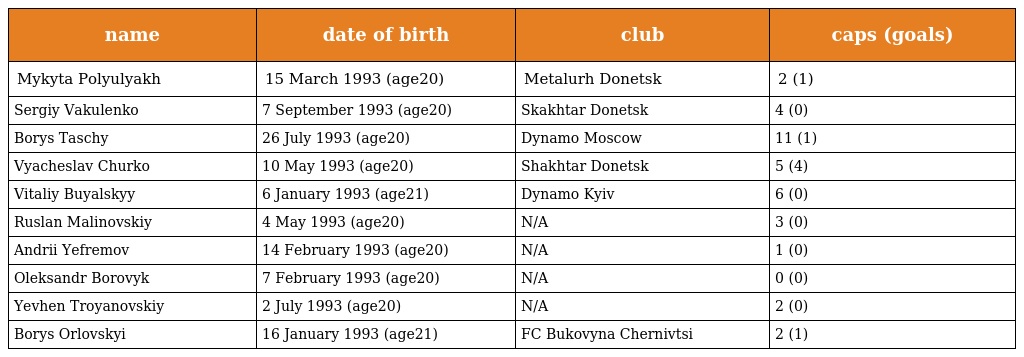
| name | date of birth | club | caps (goals) |
 | --- | --- | --- | --- |
 | Mykyta Polyulyakh | 15 March 1993 (age20) | Metalurh Donetsk | 2 (1) |
 | Sergiy Vakulenko | 7 September 1993 (age20) | Skakhtar Donetsk | 4 (0) |
 | Borys Taschy | 26 July 1993 (age20) | Dynamo Moscow | 11 (1) |
 | Vyacheslav Churko | 10 May 1993 (age20) | Shakhtar Donetsk | 5 (4) |
 | Vitaliy Buyalskyy | 6 January 1993 (age21) | Dynamo Kyiv | 6 (0) |
 | Ruslan Malinovskiy | 4 May 1993 (age20) | N/A | 3 (0) |
 | Andrii Yefremov | 14 February 1993 (age20) | N/A | 1 (0) |
 | Oleksandr Borovyk | 7 February 1993 (age20) | N/A | 0 (0) |
 | Yevhen Troyanovskiy | 2 July 1993 (age20) | N/A | 2 (0) |
 | Borys Orlovskyi | 16 January 1993 (age21) | FC Bukovyna Chernivtsi | 2 (1) |